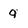
Character: q